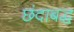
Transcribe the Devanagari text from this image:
छंदाबद्ध